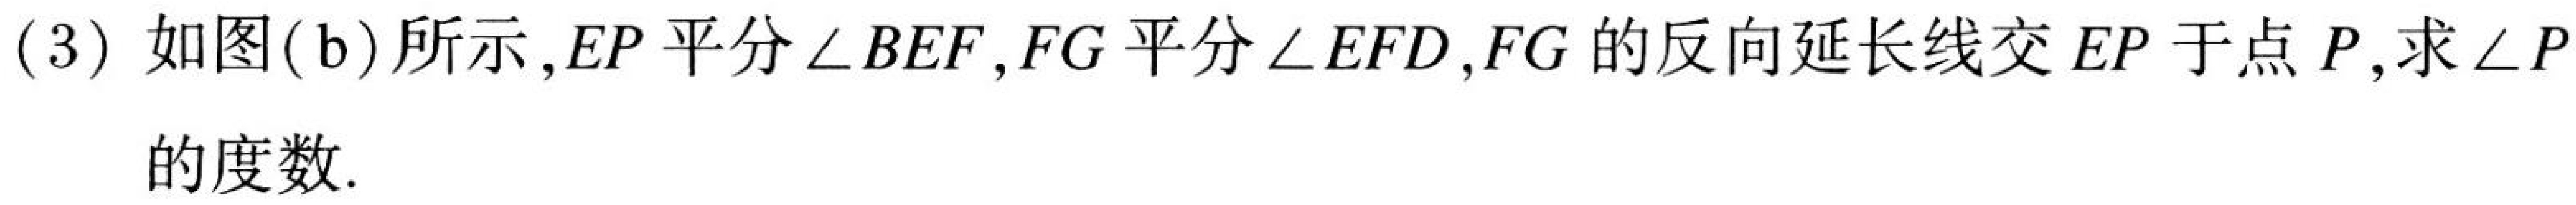
(3)如图(b)所示,\(EP\)平分\(\angle BEF\),\(FG\)平分\(\angle EFD\),\(FG\)的反向延长线交\(EP\)于点\(P\),求\(\angle P\)的度数.